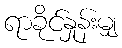
ရာခိုင်နှုန်းမျှ